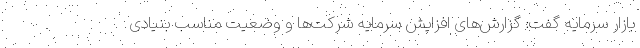
بازار سرمایه گفت: گزارش‌های افزایش سرمایه شرکت‌ها و وضعیت مناسب بنیادی